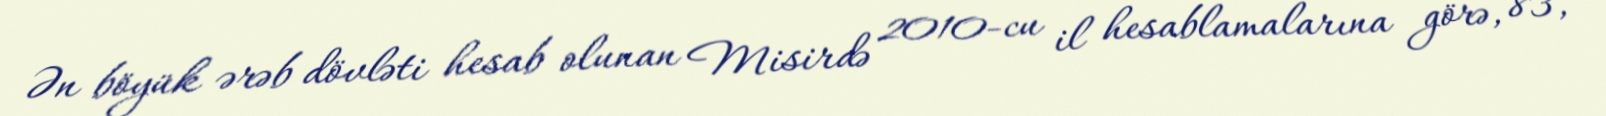
Ən böyük ərəb dövləti hesab olunan Misirdə 2010-cu il hesablamalarına görə, 83,